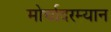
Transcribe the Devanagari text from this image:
मोर्चादरम्यान